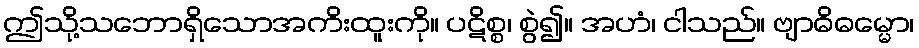
ဤသို့သဘောရှိသောအကိးထူးကို။ ပဋိစ္စ၊ စွဲ၍။ အဟံ၊ ငါသည်။ ဗျာဓိဓမ္မော၊